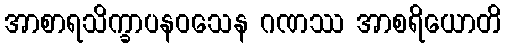
အာစာရသိက္ခာပနဝသေန ဂဏဿ အာစရိယောတိ